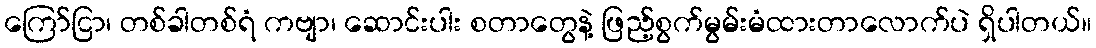
ကြော်ငြာ၊ တစ်ခါတစ်ရံ ကဗျာ၊ ဆောင်းပါး စတာတွေနဲ့ ဖြည့်စွက်မွမ်းမံထားတာလောက်ပဲ ရှိပါတယ်။